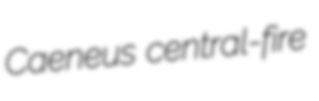
Caeneus central-fire